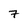
Character: 7